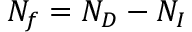
N _ { f } = N _ { D } - N _ { I }